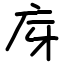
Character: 庌